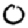
Digit: 0